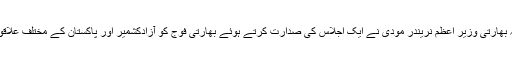
چند ہی دن پہلے میڈیا میں یہ رپورٹ آئی تھی کہ بھارتی وزیر اعظم نریندر مودی نے ایک اجلاس کی صدارت کرتے ہوئے بھارتی فوج کو آزادکشمیر اور پاکستان کے مختلف علاقوں میں فوجی اہداف پر حملے کی اجازت دی ہے۔